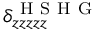
\delta _ { z z z z z } ^ { \mathrm { ~ H ~ S ~ H ~ G ~ } }